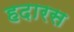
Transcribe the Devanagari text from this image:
हदारस